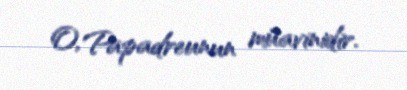
O, Papadreunun müavinidir.